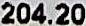
204.20